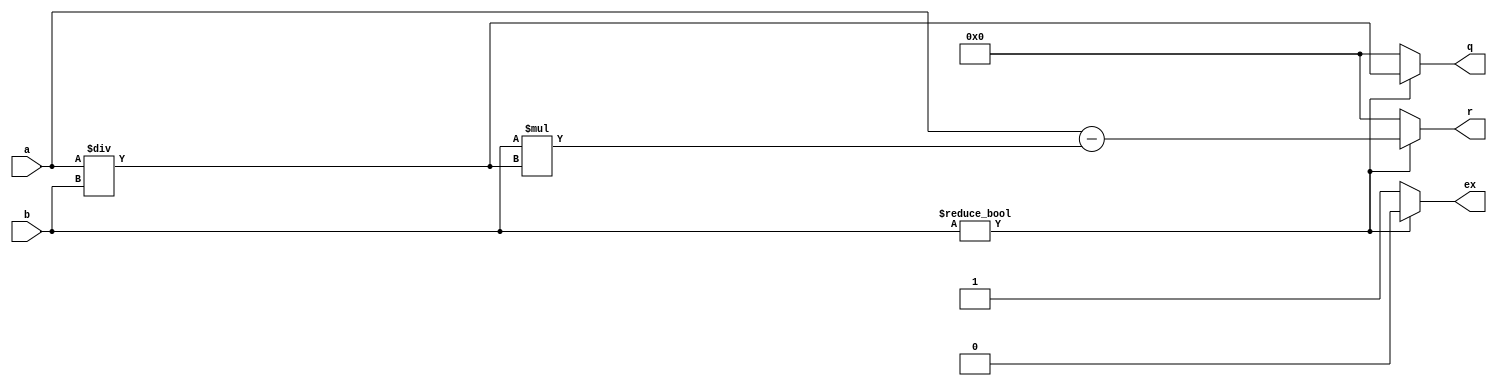
/*
   This file was generated automatically by Alchitry Labs version 1.2.7.
   Do not edit this file directly. Instead edit the original Lucid source.
   This is a temporary file and any changes made to it will be destroyed.
*/

module divide2_23 (
    output reg [15:0] q,
    output reg [15:0] r,
    input [15:0] a,
    input [15:0] b,
    output reg [0:0] ex
  );
  
  
  
  always @* begin
    if (b != 16'h0000) begin
      q = a / b;
      r = a - b * (a / b);
      ex = 1'h0;
    end else begin
      q = 1'h0;
      r = 1'h0;
      ex = 1'h1;
    end
  end
endmodule